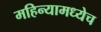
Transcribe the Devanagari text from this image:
महिन्यामध्येच